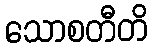
သောစတီတိ